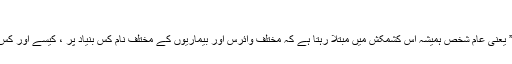
← مزید پڑھیے
مجھ سمیت ہر “لے مین” یعنی عام شخص ہمیشہ اس کشمکش میں مبتلا رہتا ہے کہ مختلف وائرس اور بیماریوں کے مختلف نام کس بنیاد پر ، کیسے اور کس لئے رکھے جاتے ہیں۔